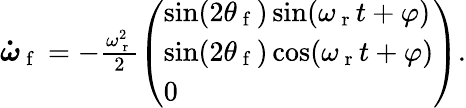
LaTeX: \begin{array}{r}{\boldsymbol{\dot{\omega}}_{\mathrm{~f~}}=-\frac{\omega_{\mathrm{~r~}}^{2}}{2}\left(\begin{array}{l}{\sin(2\theta_{\mathrm{~f~}})\sin(\omega_{\mathrm{~r~}}t+\varphi)}\\ {\sin(2\theta_{\mathrm{~f~}})\cos(\omega_{\mathrm{~r~}}t+\varphi)}\\ {0}\end{array}\right).}\end{array}